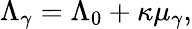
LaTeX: \Lambda_{\gamma}=\Lambda_{0}+\kappa\mu_{\gamma},